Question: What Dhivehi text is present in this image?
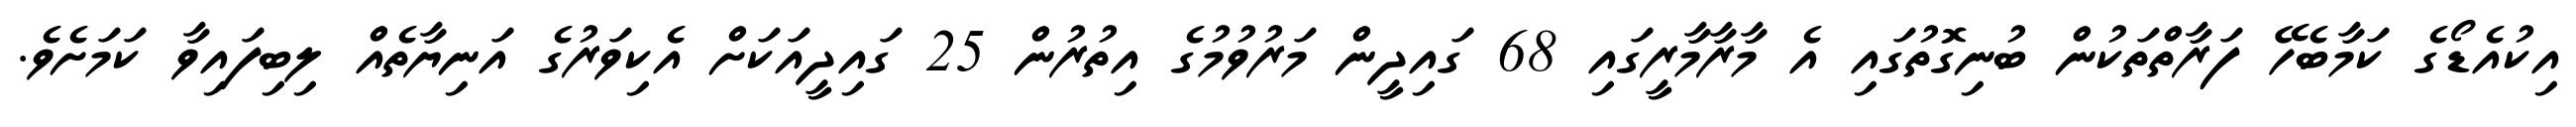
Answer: އިކުއެޑޯގެ ކަމާބެހޭ ފަރާތްތަކުން ބުނިގޮތުގައި އެ މާރާމާރީގައި 68 ގައިދީން މަރުވުމުގެ އިތުރުން 25 ގައިދީއަކަށް އެކިވަރުގެ އަނިޔާތެއް ލިބިފައިވާ ކަމަށެވެ.